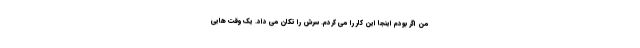
من اگر بودم اینجا این کار را می کردم. سرش را تکان می داد. یک وقت هایی